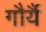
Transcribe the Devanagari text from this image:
गौर्यै